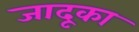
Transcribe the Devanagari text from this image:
जादूका